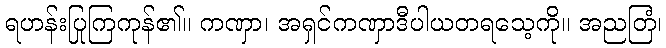
ရဟန်းပြုကြကုန်၏။ ကဏှာ၊ အရှင်ကဏှာဒီပါယတရသေ့ကို။ အညတြံ၊